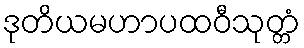
ဒုတိယမဟာပထဝီသုတ္တံ